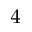
_ 4